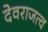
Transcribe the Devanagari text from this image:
देवराजत्व